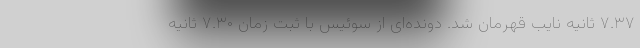
۷.۳۷ ثانیه نایب قهرمان شد. دونده‌ای از سوئیس با ثبت زمان ۷.۳۰ ثانیه